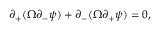
\partial _ { + } ( \Omega \partial _ { - } \psi ) + \partial _ { - } ( \Omega \partial _ { + } \psi ) = 0 ,